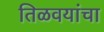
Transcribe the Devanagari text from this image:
तिळवयांचा